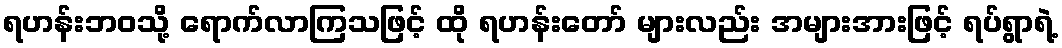
ရဟန်းဘဝသို့ ရောက်လာကြသဖြင့် ထို ရဟန်းတော် များလည်း အများအားဖြင့် ရပ်ရွာရဲ့